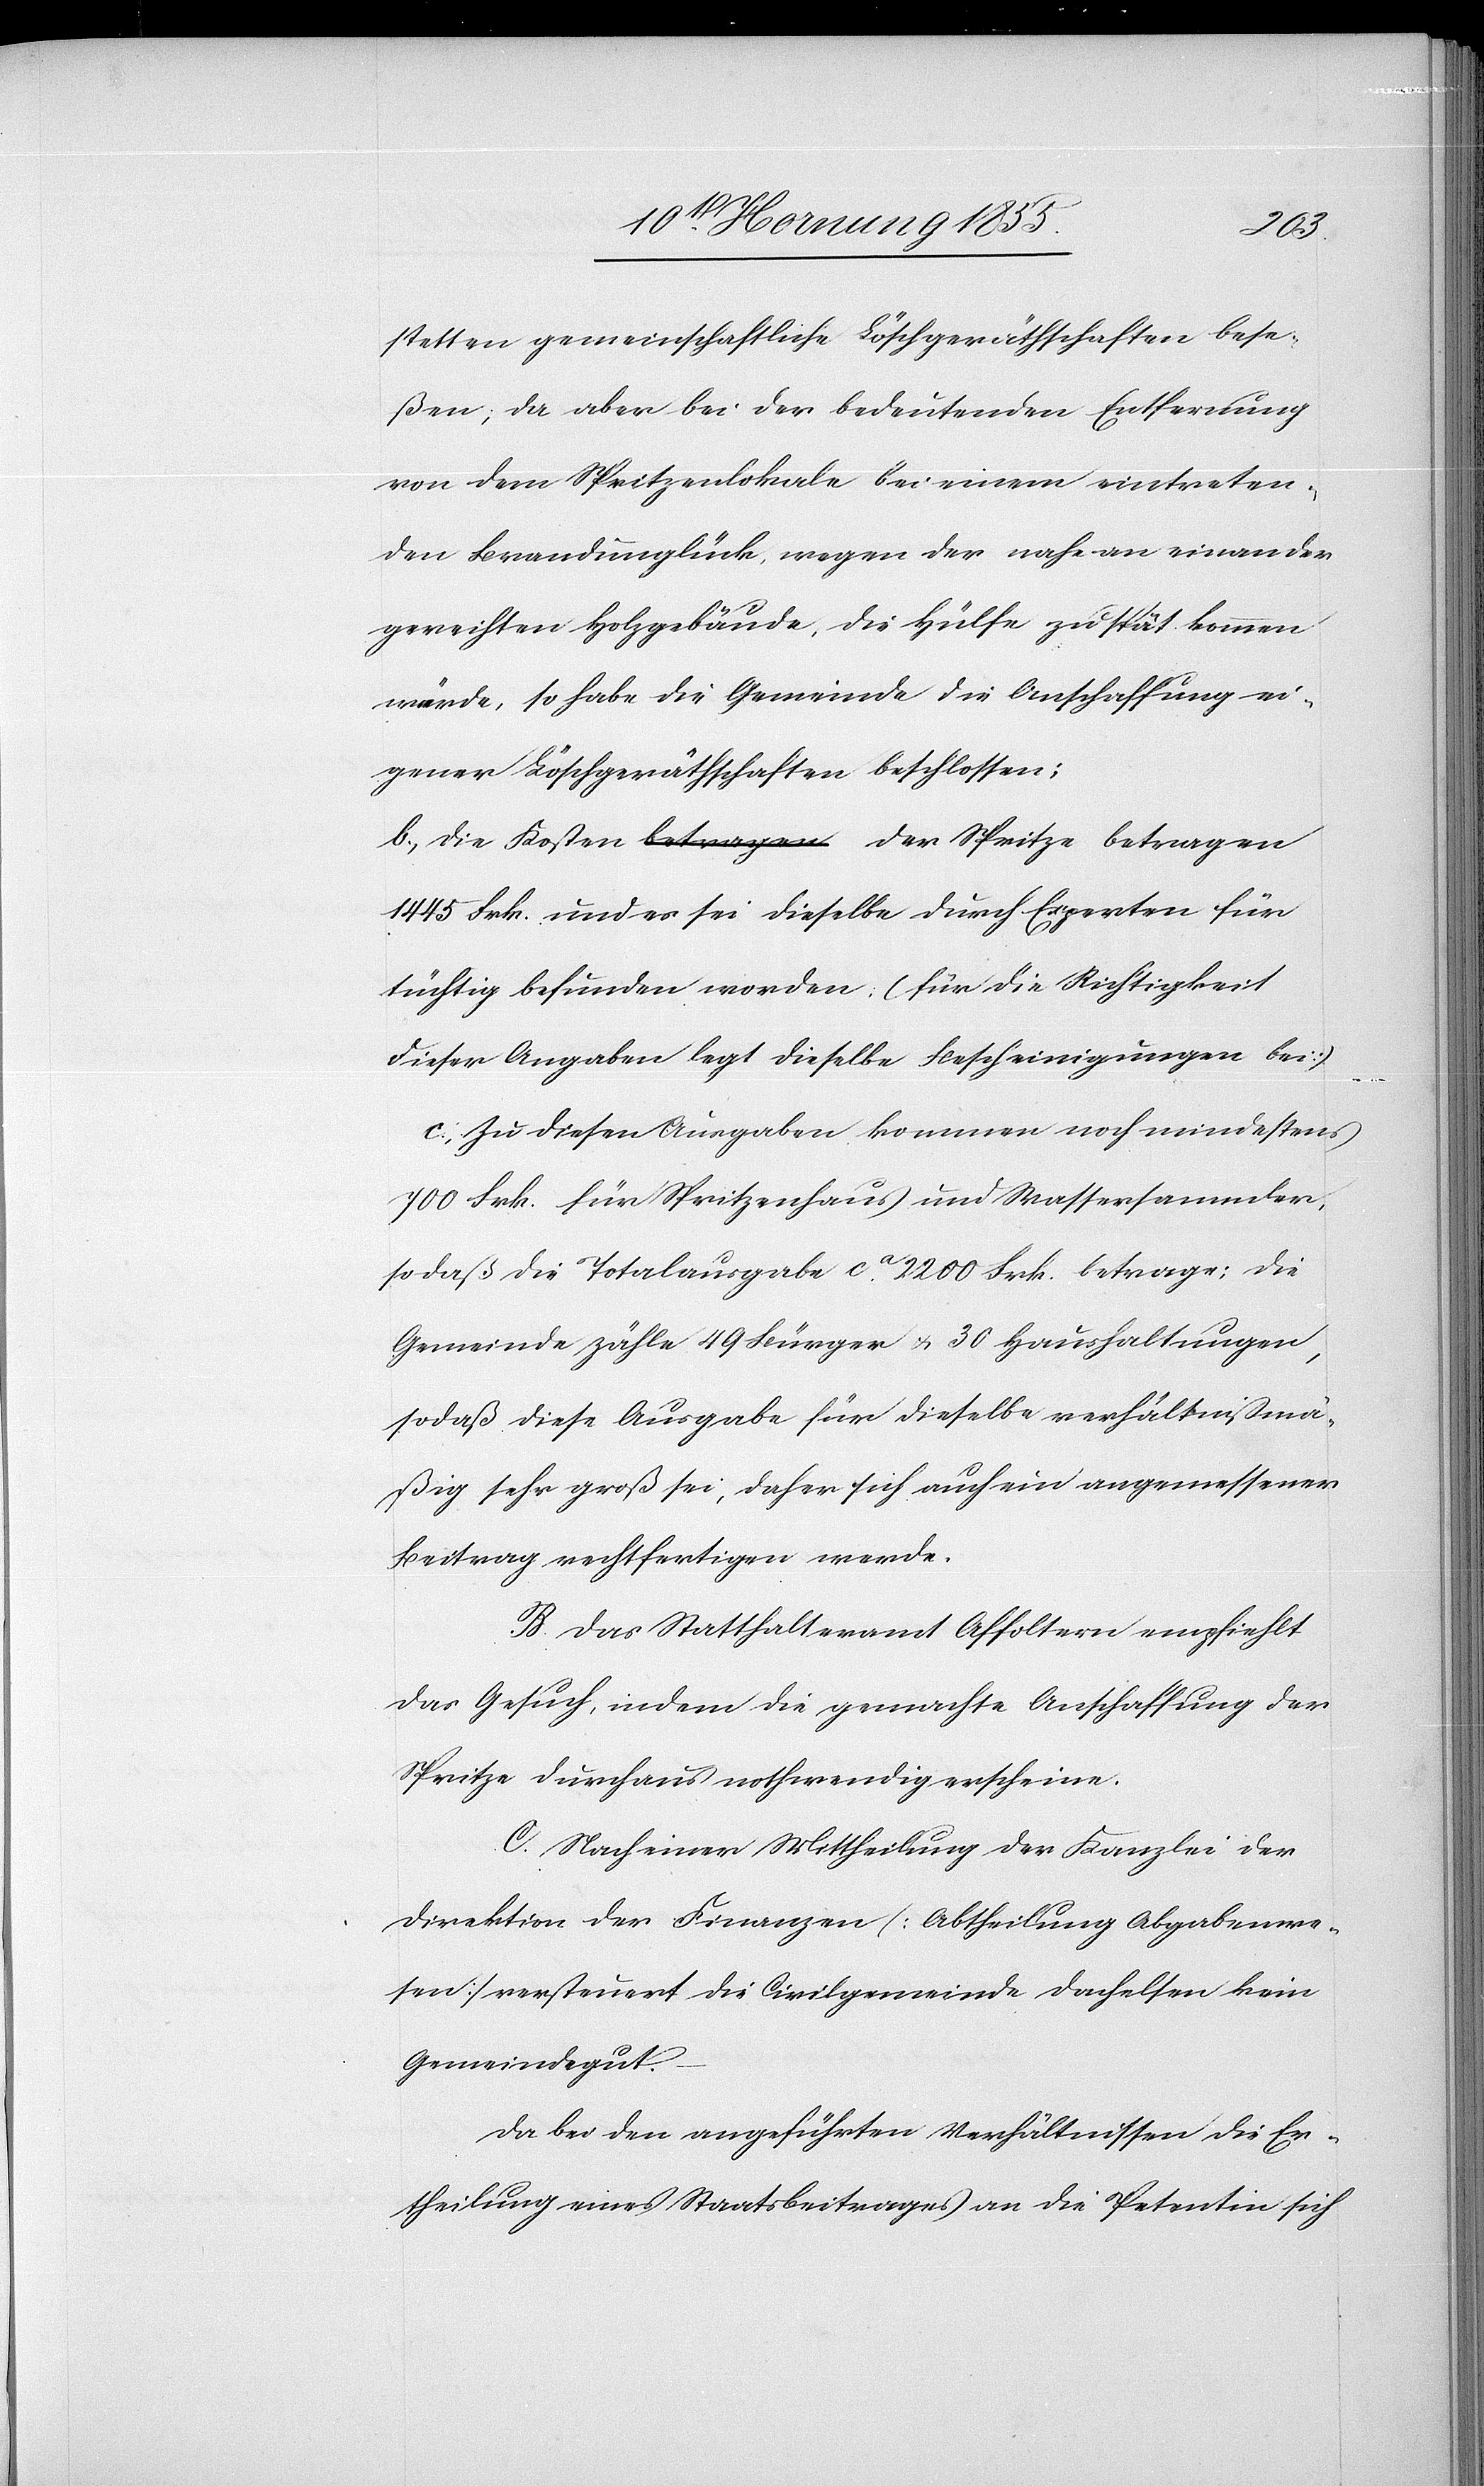
stetten gemeinschaftliche Löschgeräthschaften bese¬
ßen; da aber bei der bedeutenden Entfernung
von dem Spritzenlokale bei einem eintreten¬
den Brandunglück, wegen der nahe an einander
gereichten Holzgebäude, die Hülfe zu spät kommen
würde, so habe die Gemeinde die Anschaffung ei¬
gener Löschgeräthschaften beschlossen;
b, Die Kosten a-betragen-a der Spritze betragen
1445 Frk. und es sei dieselbe durch Experten für
tüchtig befunden worden; (für die Richtigkeit
dieser Angaben legt dieselbe Bescheinigungen bei)
c, Zu diesen Ausgaben kommen noch mindestens
700 Frk. für Spritzenhaus und Wassersammler,
sodaß die Totalausgabe ca. 2200 Frk. betrage; die
Gemeinde zähle 49 Bürger & 30 Haushaltungen,
sodaß diese Ausgabe für dieselbe verhältnißmä¬
ßig sehr groß sei, daher sich auch ein angemessener
Beitrag rechtfertigen werde.
B. Das Statthalteramt Affoltern empfiehlt
das Gesuch, indem die gemachte Anschaffung der
Spritze durchaus nothwendig erscheine.
C. Nach einer Mittheilung der Kanzlei der
Direktion der Finanzen [Abtheilung Abgabenwe¬
sen] versteuert die Civilgemeinde Dachelsen kein
Gemeindegut.
Da bei den angeführten Verhältnissen die Er¬
theilung eines Staatsbeitrages an die Petentin sich